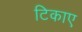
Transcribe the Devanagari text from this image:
टिकाए